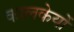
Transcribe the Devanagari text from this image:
कालकेयों